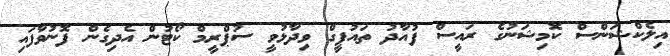
އިލެކްޝަންސް ކޮމިޝަނުގެ ރައީސް ފުއާދު ތައުފީގް ވިދާޅުވީ ސުޕްރީމް ކޯޓުން އެދިގެން ފޮނުވާފައި